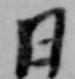
日